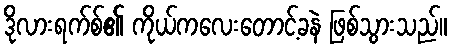
ဒိုလားရက်စ်၏ ကိုယ်ကလေးတောင့်ခနဲ ဖြစ်သွားသည်။